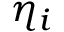
\eta _ { i }